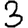
Digit: 3